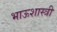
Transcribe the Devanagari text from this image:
भाऊशास्त्री